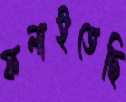
ফলাইতেছি